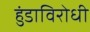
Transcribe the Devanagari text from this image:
हुंडाविरोधी